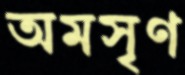
অমসৃণ